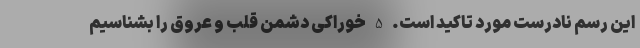
این رسم نادرست مورد تاکید است. 5 خوراکی دشمن قلب و عروق را بشناسیم